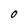
Character: 0